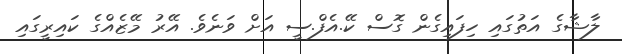
ލާޝާގެ އަތުގައި ހިފައިގެން ގޮސް ކޭ.އެފް.ސީ އަށް ވަނެވެ. އޭރު މޭޒެއްގެ ކައިރީގައި